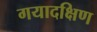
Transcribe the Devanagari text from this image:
गयादक्षिण